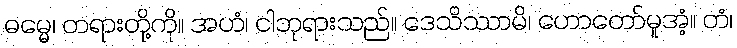
ဓမ္မေ၊ တရားတို့ကို။ အဟံ၊ ငါဘုရားသည်။ ဒေသိဿာမိ၊ ဟောတော်မူအံ့။ တံ၊